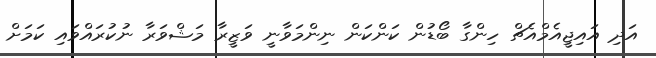
އަދި އައިޖީއެމްއެޗް ހިންގާ ބޯޑުން ކަންކަން ނިންމަވާނީ ވަޒީރާ މަޝްވަރާ ނުކުރައްވައި ކަމަށް